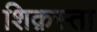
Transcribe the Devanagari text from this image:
शिक़स्ता